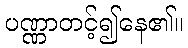
ပဏ္ဏာတင့်၍နေ၏။